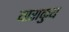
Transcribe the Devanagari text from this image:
याराकुय